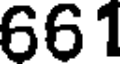
661